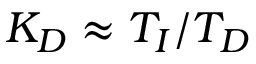
K _ { D } \approx T _ { I } / T _ { D }